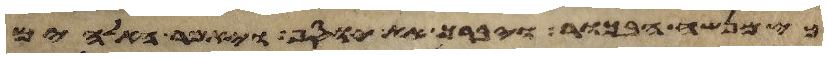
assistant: כי מנשה הבכור ויברך את יוסף ויאמר האלהים